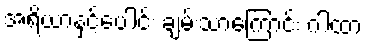
အရိယာနှင့်ပေါင်း ချမ်းသာကြောင်း ဂါထာ